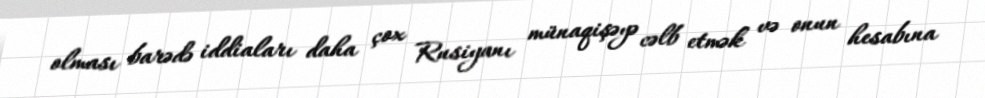
olması barədə iddiaları daha çox Rusiyanı münaqişəyə cəlb etmək və onun hesabına